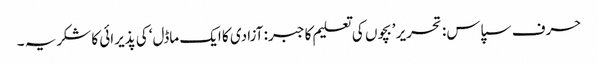
حرف سپاس: تحریر ’بچوں کی تعلیم کا جبر: آزادی کا ایک ماڈل‘ کی پذیرائی کا شکریہ ۔